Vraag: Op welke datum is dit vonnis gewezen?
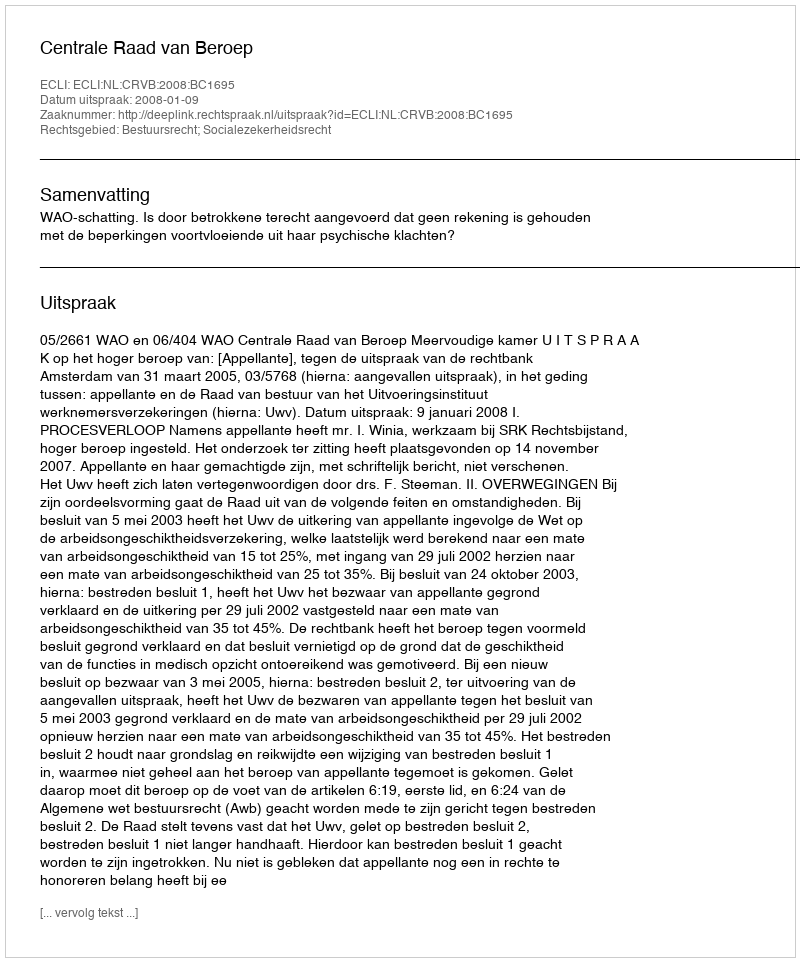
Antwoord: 2008-01-09